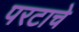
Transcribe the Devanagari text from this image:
परटाचे